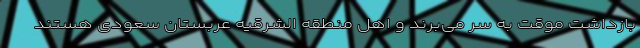
بازداشت موقت به سر می‌برند و اهل منطقه الشرقیه عربستان سعودی هستند